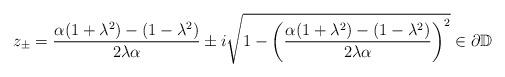
LaTeX: \begin{align*}z_{\pm}=\frac{\alpha(1+\lambda^{2})-(1-\lambda^{2})}{2\lambda\alpha}\pm i\sqrt{1-\left(\frac{\alpha(1+\lambda^{2})-(1-\lambda^{2})}{2\lambda\alpha}\right)^{2}}\in\partial\mathbb{D}\end{align*}